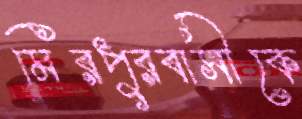
মিরপুরবাসীকে